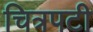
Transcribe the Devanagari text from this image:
चित्रपटी